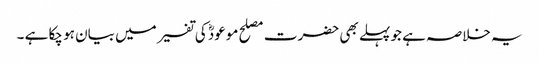
یہ خلاصہ ہے جو پہلے بھی حضرت مصلح موعودؓ کی تفسیر میں بیان ہو چکا ہے ۔